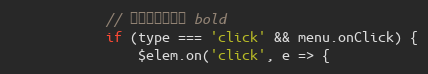
Language: JavaScript
            // 点击类型，例如 bold
            if (type === 'click' && menu.onClick) {
                $elem.on('click', e => {